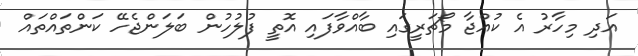
އަދި މިހާރު އެ ކުއްޖާ މޯޗަރީގައި ބާއްވާފައި އޮތީ ފުލުހުން ބަލަންޖެހޭ ކަންތައްތައް